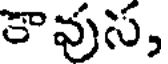
కావుస,